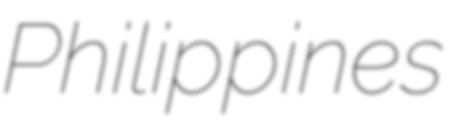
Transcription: Philippines